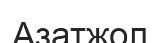
Азатжол